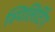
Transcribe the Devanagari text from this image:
स्पिलिटिंग